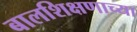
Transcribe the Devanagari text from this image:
बालशिक्षणाच्या